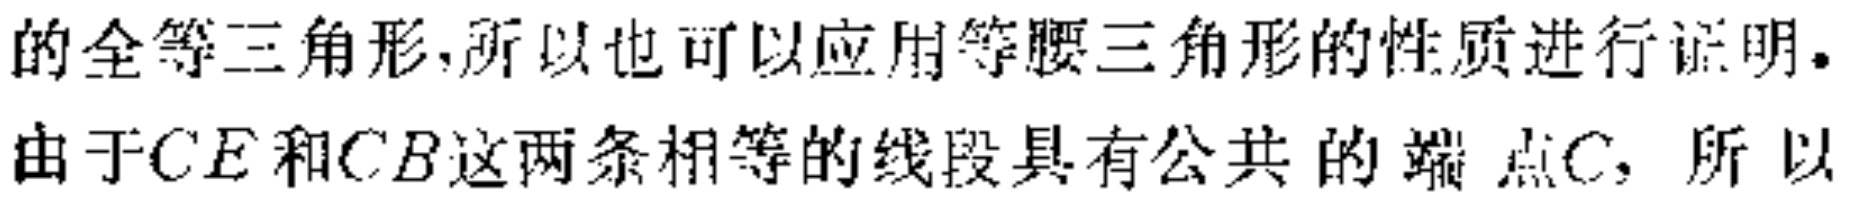
的全等三角形,所以也可以应用等腰三角形的性质进行证明.
由于\(CE\)和\(CB\)这两条相等的线段具有公共的端点\(C\)，所以